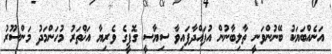
އަނެއްބަޔަކު ބޭނުންވަނީ ތާލިބާނުން އުފައްދާފައިވާ ސިޔާސީ ގޮފީގެ ވެރިޔާ އަޚްތަރު މުހަންމަދު މަންސޫރު